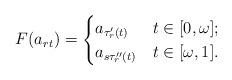
LaTeX: \begin{align*} F(a_{rt})= \begin{cases} a_{\tau_r'(t)} & t\in [0,\omega]; \\ a_{s \tau_r''(t)} & t\in [\omega,1]. \end{cases}\end{align*}